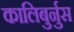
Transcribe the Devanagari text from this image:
कालिबुर्नुस